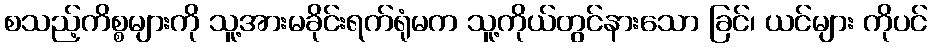
စသည့်ကိစ္စများကို သူ့အားမခိုင်းရက်ရုံမက သူ့ကိုယ်တွင်နားသော ခြင်၊ ယင်များ ကိုပင်